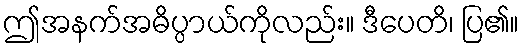
ဤအနက်အဓိပ္ပာယ်ကိုလည်း။ ဒီပေတိ၊ ပြ၏။